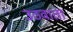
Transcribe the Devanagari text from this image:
उठवाता